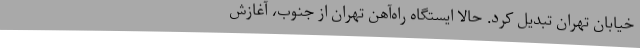
خیابان تهران تبدیل کرد. حالا ایستگاه راه‌آهن تهران از جنوب، آغازش